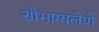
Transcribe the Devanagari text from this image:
सौभाग्यलेणे